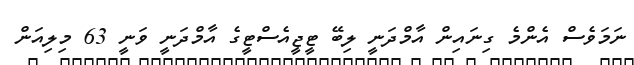
ނަމަވެސް އެންމެ ގިނައިން އާމްދަނީ ލިބޭ ޓީޖީއެސްޓީގެ އާމްދަނީ ވަނީ 63 މިލިއަން